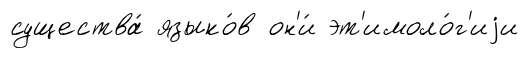
существа́ языко́в он'и́ эт'имоло́г'иjи